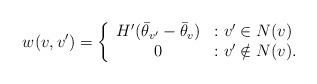
LaTeX: \begin{align*}w(v,v') = \left\{ \begin{array}{cl} H'(\bar{\theta}_{v'} - \bar{\theta}_{v}) & : v' \in N(v)\\ 0 & : v' \notin N(v). \\ \end{array} \right.\end{align*}